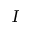
I